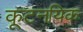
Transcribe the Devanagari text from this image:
कूटनयिक